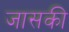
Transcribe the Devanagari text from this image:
जासकी